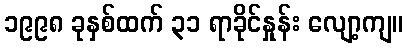
၁၉၉၈ ခုနှစ်ထက် ၃၁ ရာခိုင်နှုန်း လျော့ကျ။